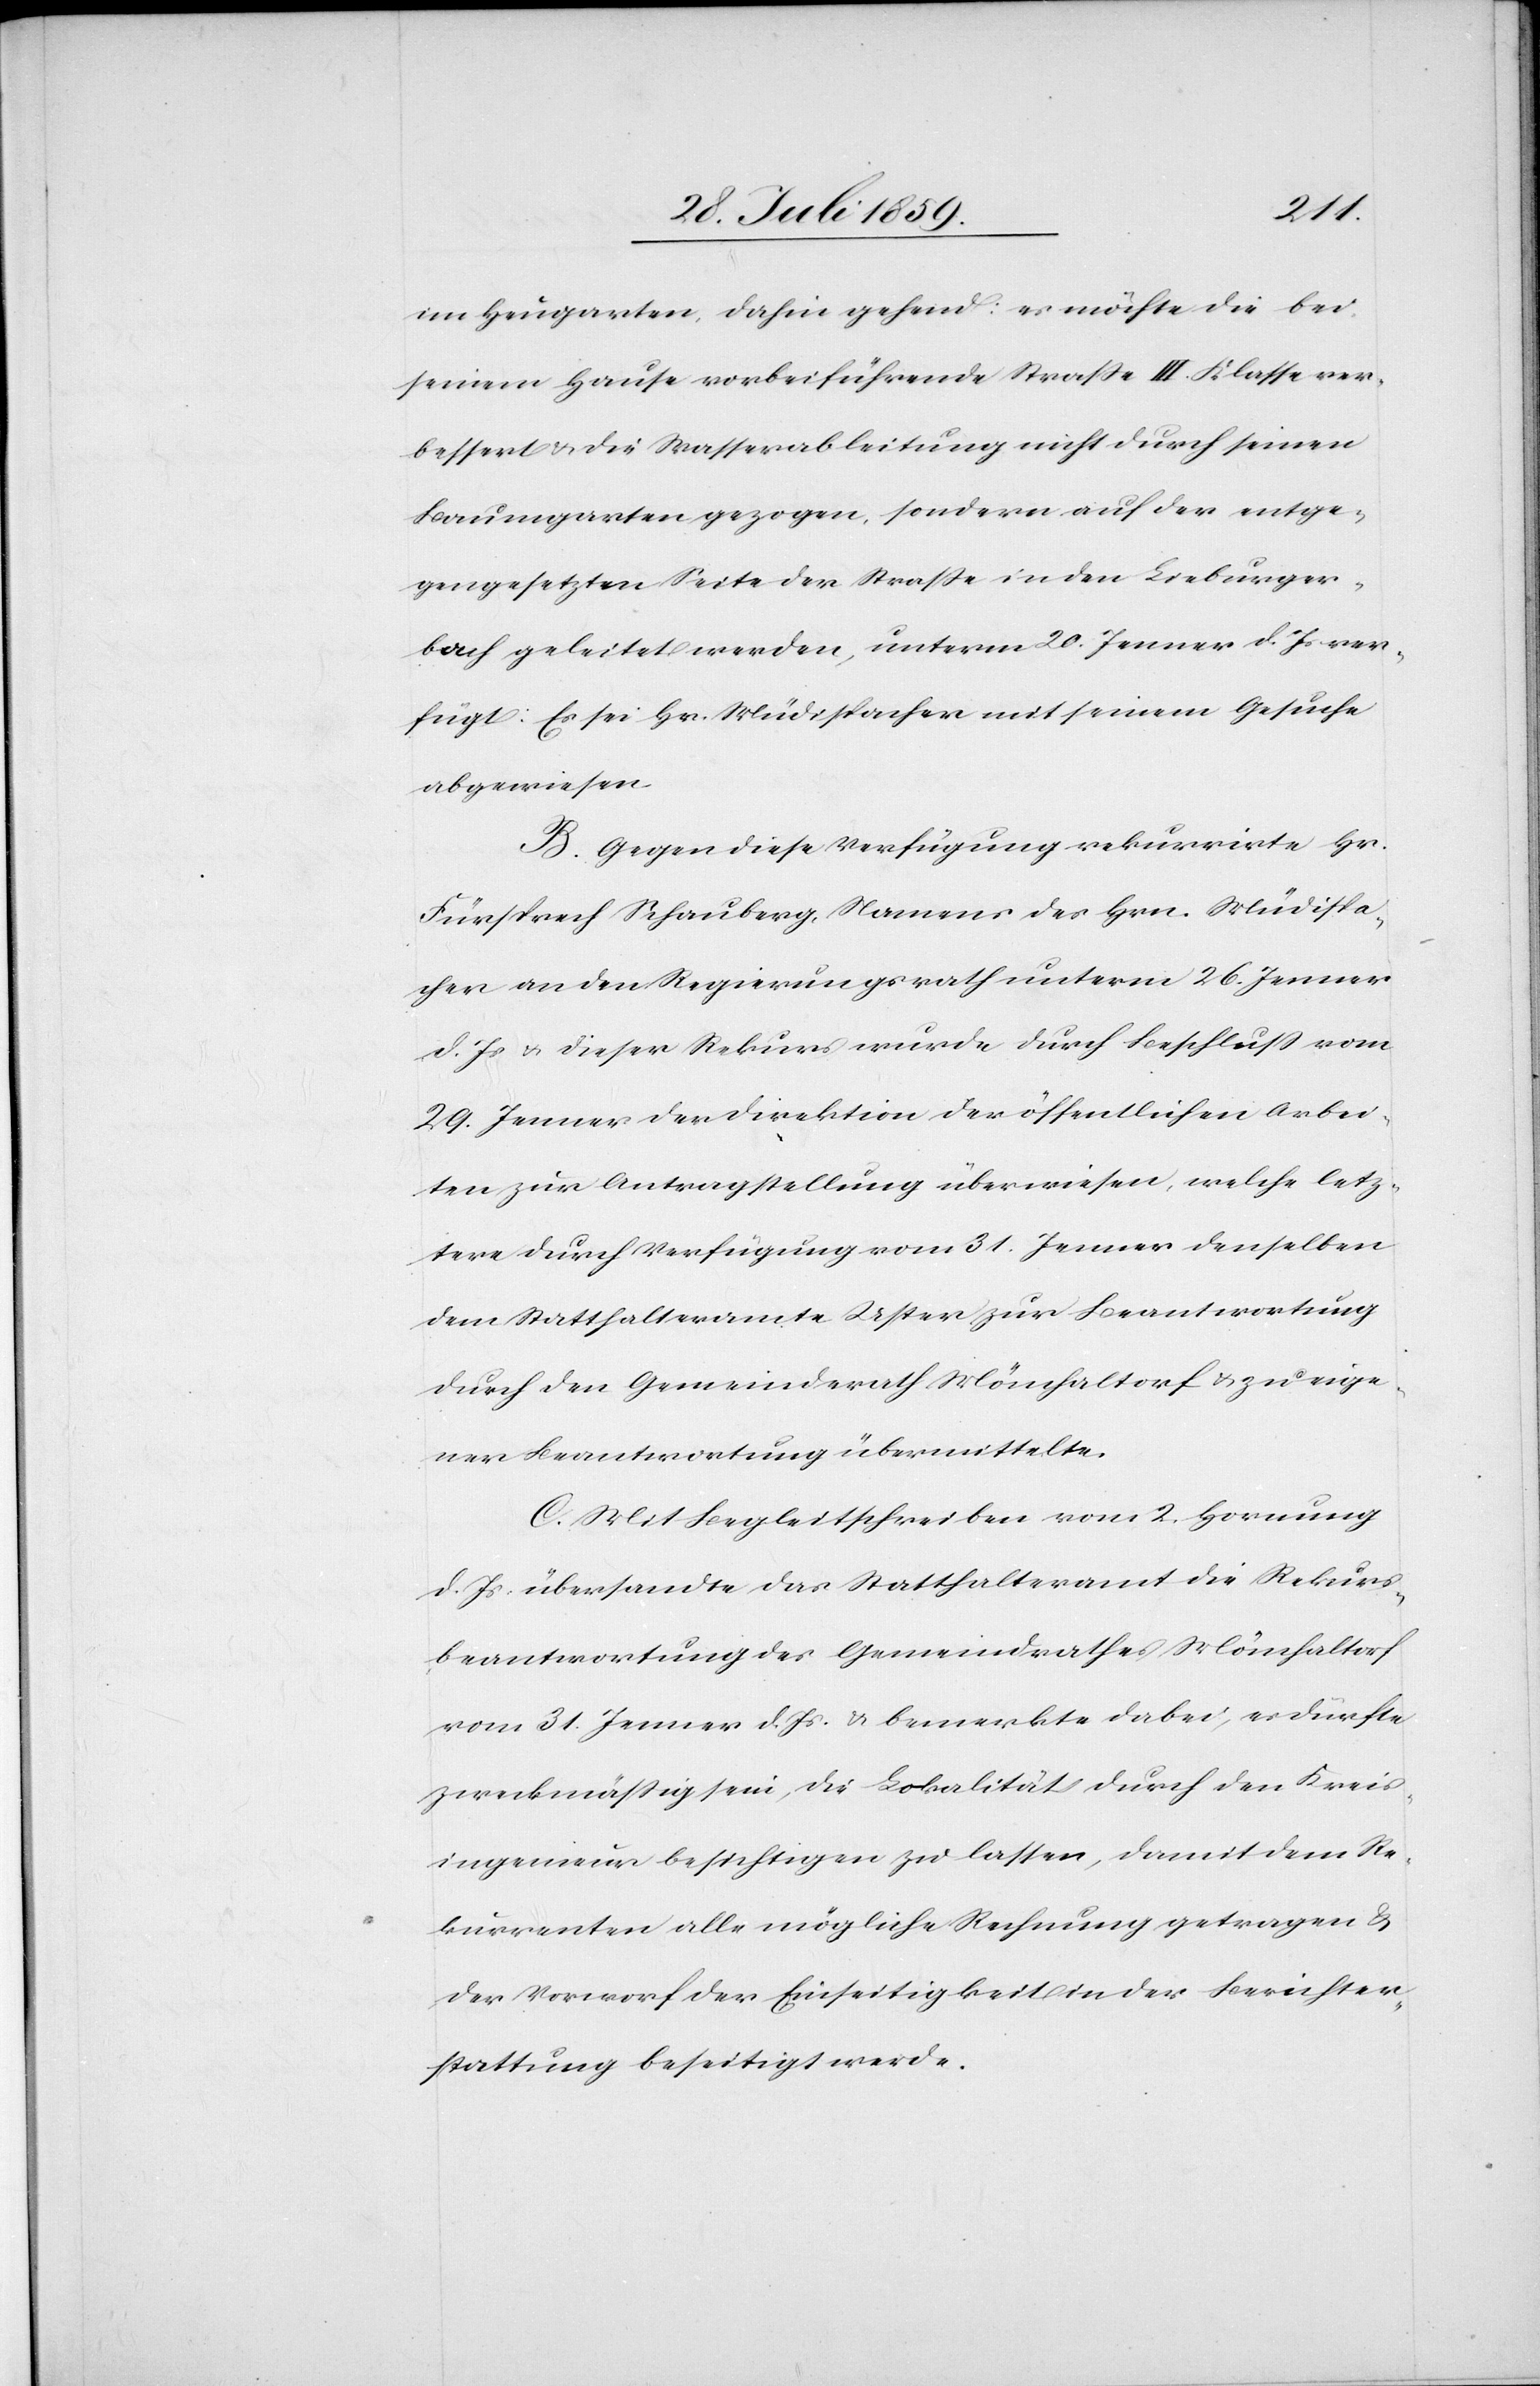
im Heugarten, dahin gehend: es möchte die bei
seinem Hause vorbeiführende Straße III. Klasse ver¬
bessert u. die Wasserableitung nicht durch seinen
Baumgarten gezogen, sondern auf der entge¬
gengesetzten Seite der Straße in den Lieburger¬
bach geleitet werden, unterm 20. Jenner d. Js. ver¬
fügt: Es sei Hr. Müdispacher mit seinem Gesuche
abgewiesen.
B. Gegen diese Verfügung rekurrirte Hr.
Fürsprech Schauberg, Namens des Hrn. Müdispa¬
cher an den Regierungsrath unterm 26. Jenner
d. Js. u. dieser Rekurs wurde durch Beschluß vom
29. Jenner der Direktion der öffentlichen Arbei¬
ten zur Antragstellung überwiesen, welche letz¬
tere durch Verfügung vom 31. Jenner denselben
dem Statthalteramte Uster zur Beantwortung
durch den Gemeindrath Mönchaltorf u. zu eige¬
ner Beantwortung übermittelte.
C. Mit Begleitschreiben vom 2. Hornung
d. Js. übersandte das Statthalteramt die Rekurs¬
beantwortung des Gemeindrathes Mönchaltorf
vom 31. Jenner d. Js. u. bemerkte dabei, es dürfte
zweckmäßig sein, die Lokalität durch den Kreis¬
ingenieur besichtigen zu lassen, damit dem Re¬
kurrenten alle mögliche Rechnung getragen u.
der Vorworf [sic!] der Einseitigkeit in der Berichter¬
stattung beseitigt werde.